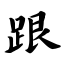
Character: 跟